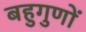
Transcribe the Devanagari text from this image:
बहुगुणों